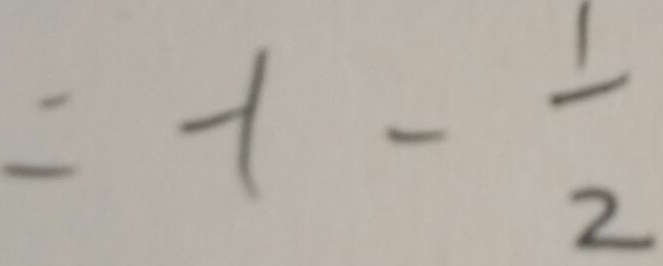
= - 1 - \frac { 1 } { 2 }